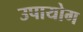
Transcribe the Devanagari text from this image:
उपायोग